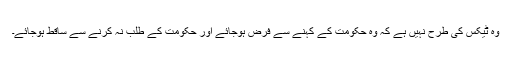
وہ ٹیکس کی طرح نہیں ہے کہ وہ حکومت کے کہنے سے فرض ہوجائے اور حکومت کے طلب نہ کرنے سے ساقط ہوجائے۔